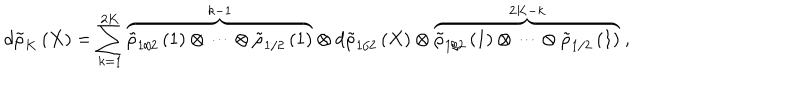
d { \tilde { \rho } } _ { K } \left( X \right) = \sum _ { k = 1 } ^ { 2 K } { \overbrace { { \tilde { \rho } } _ { 1 / 2 } \left( 1 \right) \otimes \cdots \otimes { \tilde { \rho } } _ { 1 / 2 } \left( 1 \right) } ^ { k - 1 } \otimes d { \tilde { \rho } } _ { 1 / 2 } \left( X \right) \otimes \overbrace { { \tilde { \rho } } _ { 1 / 2 } \left( 1 \right) \otimes \cdots \otimes { \tilde { \rho } } _ { 1 / 2 } \left( 1 \right) } ^ { 2 K - k } } \ ,